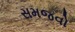
સમજવો